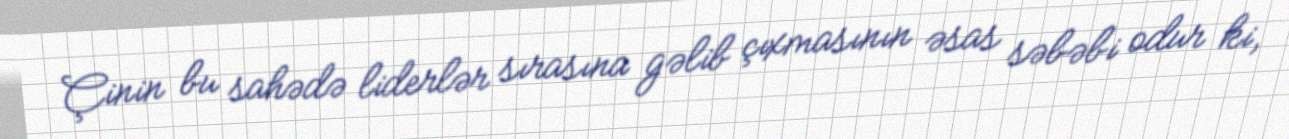
Çinin bu sahədə liderlər sırasına gəlib çıxmasının əsas səbəbi odur ki,